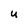
Character: U